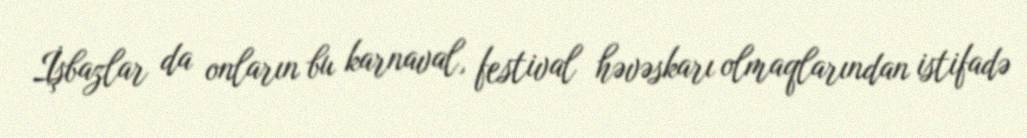
İşbazlar da onların bu karnaval, festival həvəskarı olmaqlarından istifadə